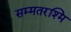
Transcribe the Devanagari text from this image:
सम्मतरश्मि